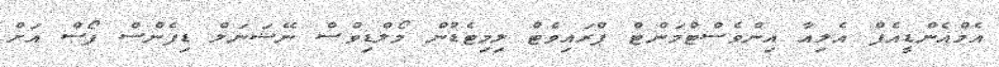
އެމްއެންޑީއެފް އެލިއާ އިންވެސްޓްމަންޓް ޕްރައިވެޓް ލިމިޓެޑުން މޯލްޑިވްސް ނޭޝަނަލް ޑިފެންސް ފޯސް އަށް